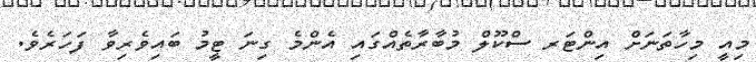
މިއީ މިހާތަނަށް އިންޓަރ ސްކޫލް މުބާރާތެއްގައި އެންމެ ގިނަ ޓީމު ބައިވެރިވާ ފަހަރެވެ.